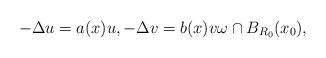
LaTeX: \begin{align*}-\Delta u=a(x)u,-\Delta v=b(x)v \omega \cap B_{R_0}(x_0),\end{align*}